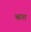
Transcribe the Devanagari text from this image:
श्वाश